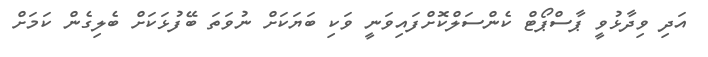
އަދި ވިދާޅުވީ ޕާސްޕޯޓް ކެންސަލްކޮށްފައިވަނީ ވަކި ބަޔަކަށް ނުވަތަ ބޭފުޅަކަށް ބެލިގެން ކަމަށް